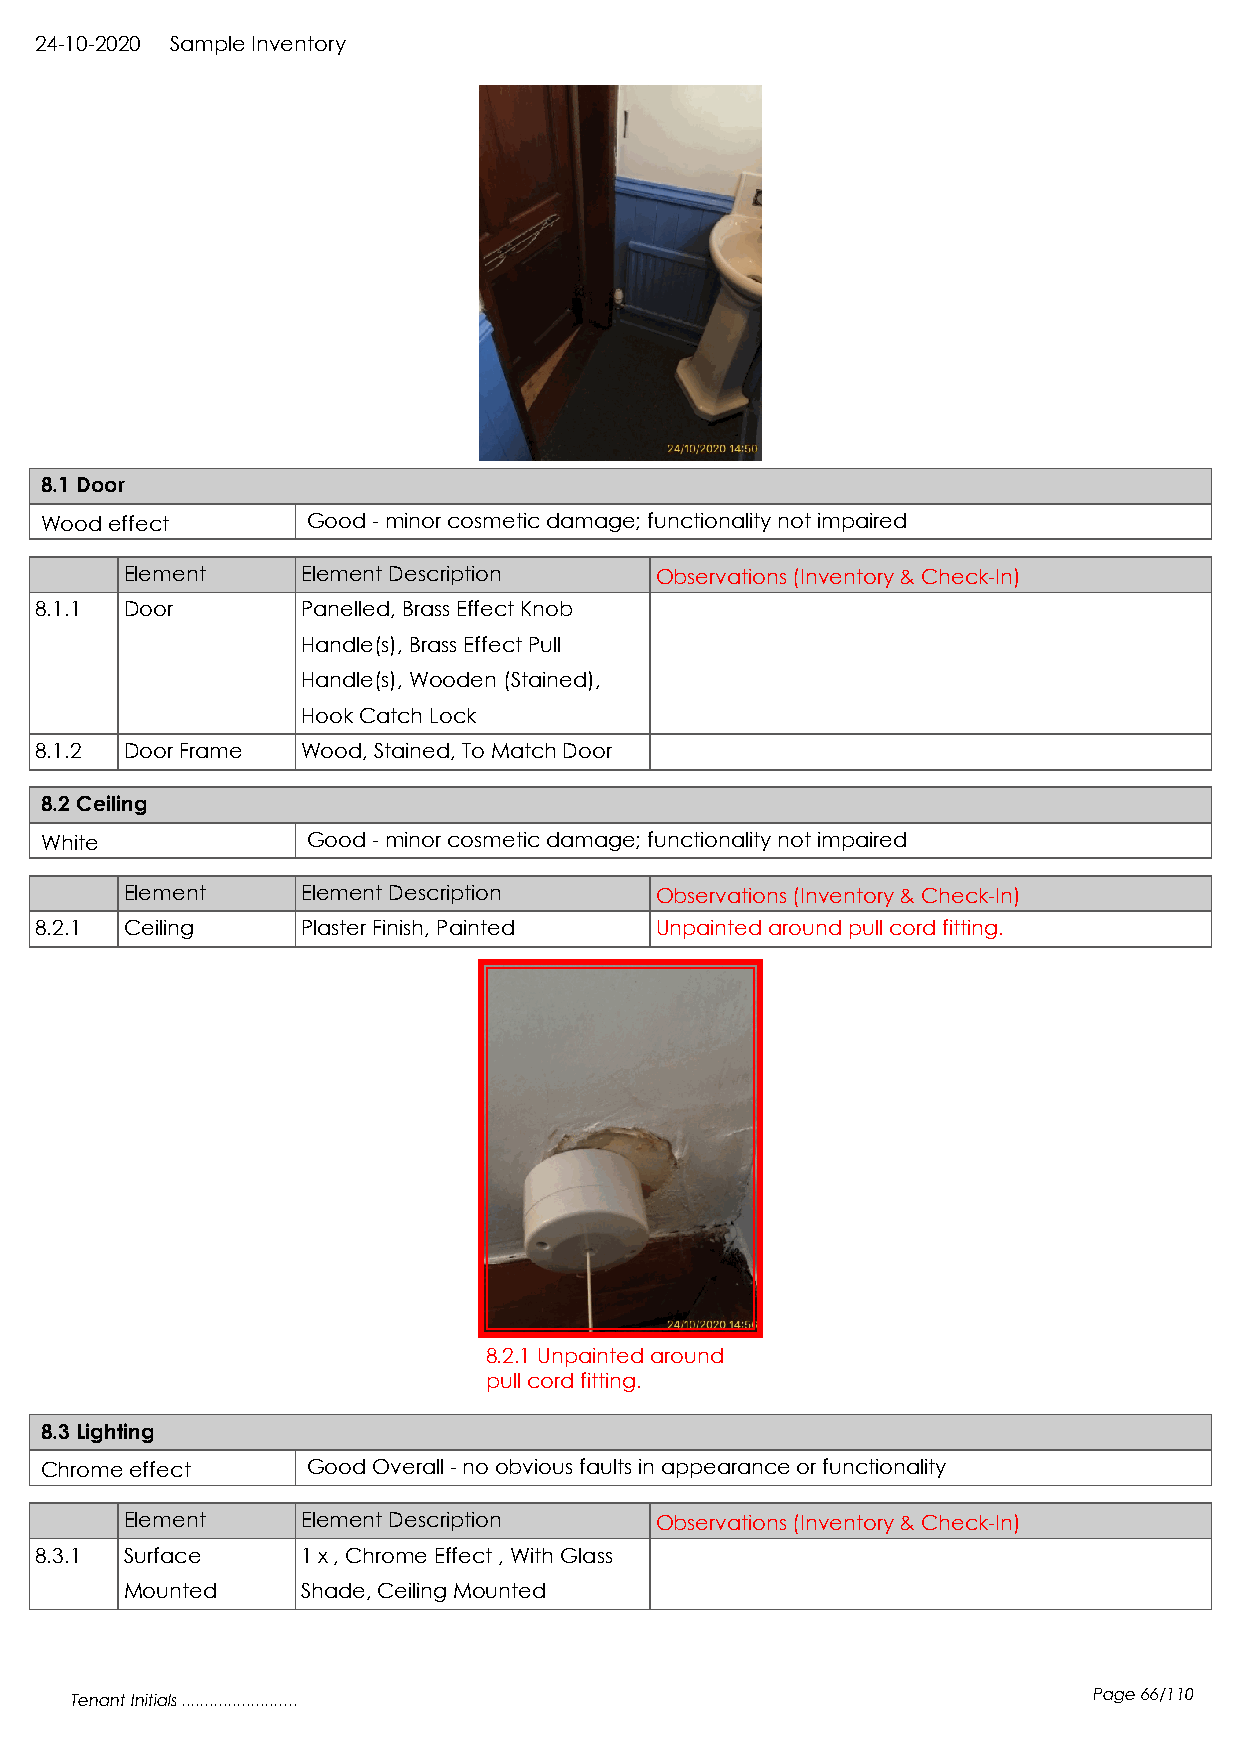
24-10-2020 Sample Inventory
 8.1 Door
 Wood effect      Good - minor cosmetic damage; functionality not impaired
 Element     Element Description    Observations (Inventory & Check-In)
 8.1.1 Door        Panelled, Brass Effect Knob
 Handle(s), Brass Effect Pull
 Handle(s), Wooden (Stained),
 Hook Catch Lock
 8.1.2 Door Frame  Wood, Stained, To Match Door
 8.2 Ceiling
 White            Good - minor cosmetic damage; functionality not impaired
 Element     Element Description    Observations (Inventory & Check-In)
 8.2.1 Ceiling     Plaster Finish, Painted Unpainted around pull cord fitting.
 8.2.1 Unpainted around
 pull cord fitting.
 8.3 Lighting
 Chrome effect    Good Overall - no obvious faults in appearance or functionality
 Element     Element Description    Observations (Inventory & Check-In)
 8.3.1 Surface     1 x , Chrome Effect , With Glass
 Mounted     Shade, Ceiling Mounted
 Tenant Initials .........................                          Page 66/110